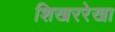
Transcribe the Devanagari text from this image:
शिखररेखा